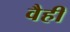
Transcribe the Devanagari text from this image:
वैही